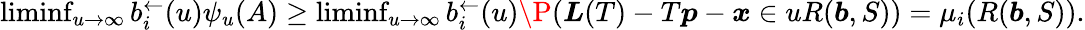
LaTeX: \begin{array}{r}{\operatorname*{liminf}_{u\to\infty}b_{i}^{\leftarrow}(u)\psi_{u}(A)\geq\operatorname*{liminf}_{u\to\infty}b_{i}^{\leftarrow}(u)\P(\boldsymbol L(T)-T\boldsymbol p-\boldsymbol x\in uR(\boldsymbol b,S))=\mu_{i}(R(\boldsymbol b,S)).}\end{array}